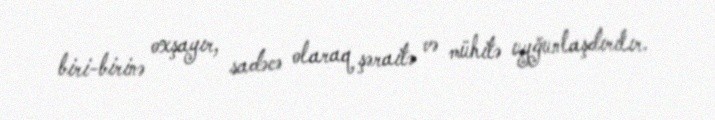
biri-birinə oxşayır, sadəcə olaraq şəraitə və mühitə uyğunlaşdırılır.